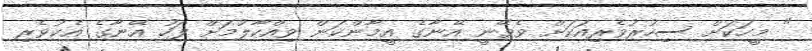
" މީހަކަށް ސިހުރުވެރިއަކަށް ވެވޭނީ އޭނާގެ އީމާންކަން ވިއްކާލުމަށް ފަހު އޭނާގެ އެކުވެރި